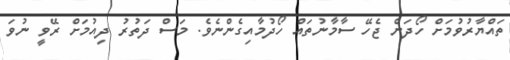
ތައްޔާރުވުމަށް ހޯދަން ޖެހޭ ސާމާނުތައް ހޯދުމާއިގެންނެވެ. މަސް ދަތުރު ދިއުމަށް ރޭވީ ނުވަ